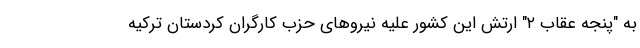
به "پنجه عقاب ۲" ارتش این کشور علیه نیروهای حزب کارگران کردستان ترکیه